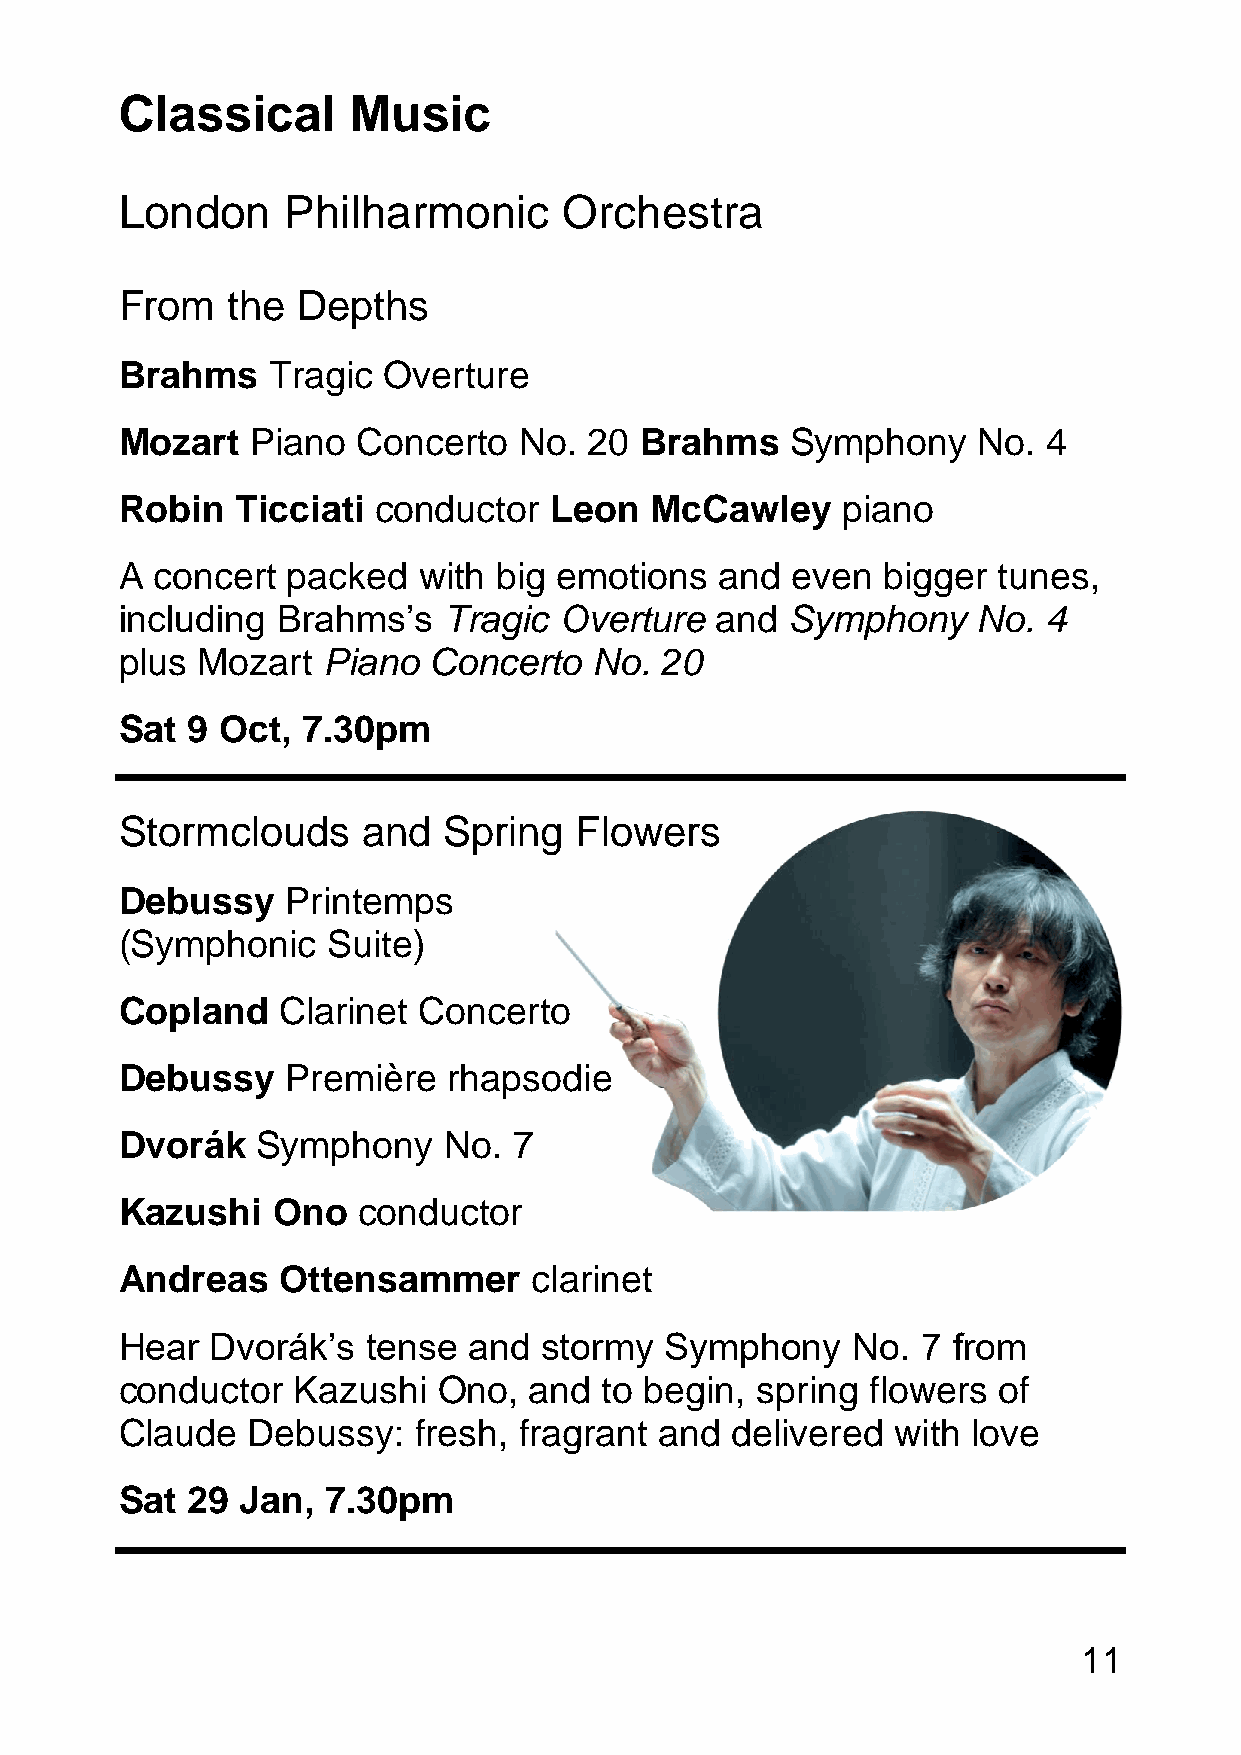
Classical      Music
 London     Philharmonic      Orchestra
 From   the  Depths
 Brahms    Tragic Overture
 Mozart   Piano  Concerto  No.  20 Brahms    Symphony     No. 4
 Robin   Ticciati conductor  Leon   McCawley     piano
 A concert  packed   with big emotions   and even  bigger  tunes,
 including Brahms’s   Tragic  Overture  and  Symphony     No. 4
 plus Mozart  Piano  Concerto   No.  20
 Sat 9 Oct,  7.30pm
 Stormclouds     and  Spring   Flowers
 Debussy    Printemps
 (Symphonic    Suite)
 Copland   Clarinet  Concerto
 Debussy    Première   rhapsodie
 Dvorák   Symphony    No.  7
 Kazushi   Ono   conductor
 Andreas   Ottensammer      clarinet
 Hear  Dvorák’s  tense  and  stormy  Symphony    No.  7 from
 conductor  Kazushi   Ono,  and  to begin, spring  flowers of
 Claude  Debussy:   fresh, fragrant  and delivered  with love
 Sat 29  Jan,  7.30pm
 11